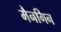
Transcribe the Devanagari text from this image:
मैनगिन